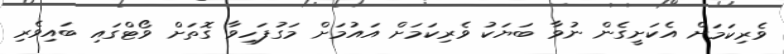
ވެރިކަމަށް އެކަށީގެން ނުވާ ބަޔަކު ވެރިކަމަށް އައުމަށް މަގުފަހިވާ ގޮތަށް ވޯޓްގައި ބައިވެރި